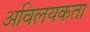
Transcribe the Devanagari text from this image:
अविलयकता